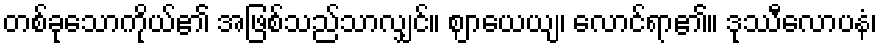
တစ်ခုသောကိုယ်၏ အဖြစ်သည်သာလျှင်။ ဈာယေယျ၊ လောင်ရာ၏။ ဒုဿီလောပနံ၊